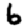
Digit: 6